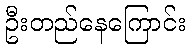
ဦးတည်နေကြောင်း